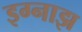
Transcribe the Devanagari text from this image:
इग्नाझ